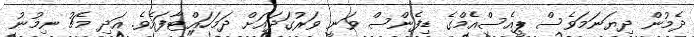
ދެމުން ދިޔަނަމަވެސް ޕީއެސްއެމްގެ ޑިފެންސް ވަނީ ވަރުގަދައަށް ދަމަހައްޓާފައެވެ. އަދި މެޗު ނިމުނު